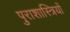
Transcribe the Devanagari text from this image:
पुराशास्त्रियों